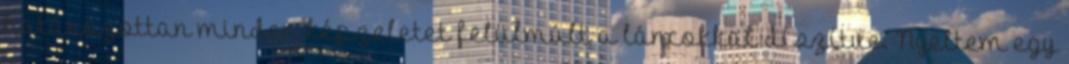
határozottan minden képzeletet felülmúlt a láncokkal díszítve. Nyeltem egy